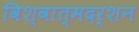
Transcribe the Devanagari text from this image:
विश्वात्मदर्शन